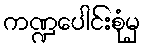
ကဏ္ဍပေါင်းစုံမှ